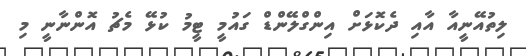
ލިތުއޭނީއާ އާއި ދެކޮޅަށް އިންގްލޭންޑް ގައުމީ ޓީމު ކުޅޭ މެޗު އޮންނާނީ މި